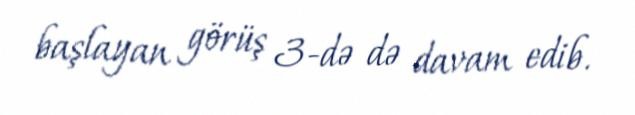
başlayan görüş 3-də də davam edib.